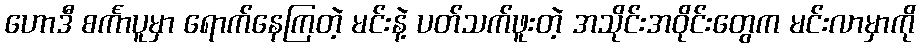
ဟောဒီ စင်္ကာပူမှာ ရောက်နေကြတဲ့ မင်းနဲ့ ပတ်သက်ဖူးတဲ့ အသိုင်းအဝိုင်းတွေက မင်းလာမှာကို